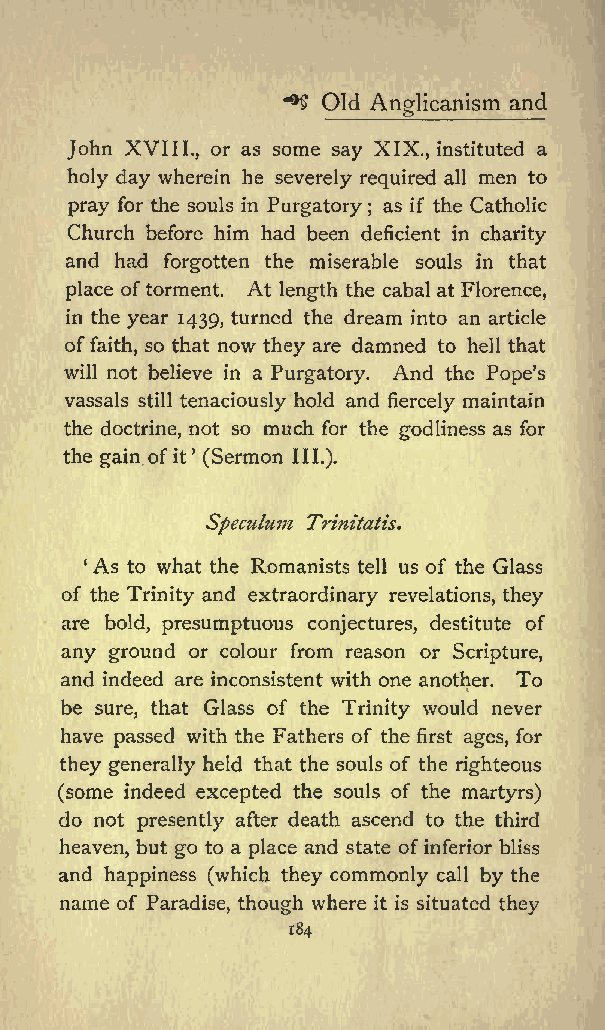
**$ Old Anglicanism and
 John XVIII., or as some say XIX., instituted a
 holy day wherein he severely required all men to
 pray for the souls in Purgatory as if the Catholic
 ;
 Church before him had been deficient in charity
 and had forgotten the miserable souls in that
 place oftorment. At length the cabal at Florence,
 in the year 1439, turned the dream into an article
 of faith, so that now they are damned to hell that
 will not believe in a Purgatory. And the Popes
 vassals still tenaciously hold and fiercely maintain
 the doctrine, not so much for the godliness as for
 the gain of it (Sermon III.).
 Speculum Trinitatis.
 As to what the Romanists tell us of the Glass
 of the Trinity and extraordinary revelations, they
 are bold, presumptuous conjectures, destitute of
 any ground or colour from reason or Scripture,
 and indeed are inconsistent with one another. To
 be sure, that Glass of the Trinity would never
 have passed with the Fathers of the first ages, for
 they generally held that the souls of the righteous
 (some indeed excepted the souls of the martyrs)
 do not presently after death ascend to the third
 heaven, but go to a place and state ofinferior bliss
 and happiness (which they commonly call by the
 name of Paradise, though where it is situated they
 184